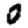
Digit: 0